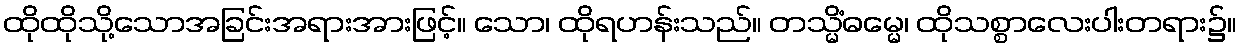
ထိုထိုသို့သောအခြင်းအရားအားဖြင့်။ သော၊ ထိုရဟန်းသည်။ တသ္မိံဓမ္မေ၊ ထိုသစ္စာလေးပါးတရား၌။